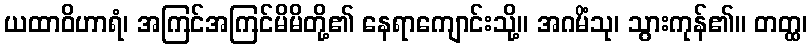
ယထာဝိဟာရံ၊ အကြင်အကြင်မိမိတို့၏ နေရာကျောင်းသို့။ အဂမိံသု၊ သွားကုန်၏။ တတ္ထ၊